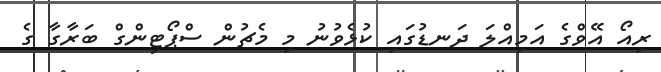
ރިއޯ އޭވްގެ އަމިއްލަ ދަނޑުގައި ކުޅެވުނު މި މެޗުން ސްޕޯޓިންގް ބަރާގާ ގެ